Report on malaria in the Punjab during the year ...  together with an account of the work of the Punjab Malaria Bureau - Volume 5
Disease focus: Malaria
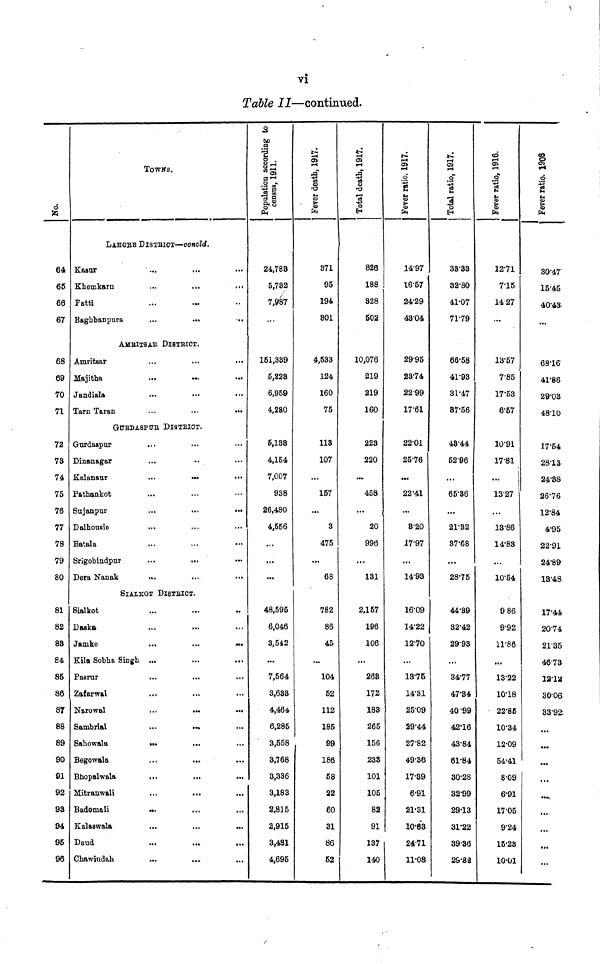
vi
Table II—continued.
No.
64
65
66
67
68
69
70
71
72
73
74
75
76
77
78
79
80
81
82
88
84
85
86
87
88
89
90
91
92
93
94
95
96
TOWNS.
LAHORE DISTRICT—ooncld.
Kasur
Khemkarn
Patti
Baghbanpura
...
...
...
...
...
...
...
...
AMBITSAR DISTRICT.
Amritsar
Majitha
Jandiala
Tarn Taran
...
...
...
...
...
...
GURDASPUR DISTRICT.
Gurdaspur
Dinanagar
Kalanaur
Pathankot
Sujanpur
Dalhousie
Batala
Srigobindpur
Dera Nanak
...
...
...
...
...
...
...
...
...
...
...
...
...
...
...
SlALKOT DlSTSICT.
Sialkot
Daska
Jamke
Kila Sobha Singh.
Pasrur
Zafarwal
Narowal
Sambrlal
Sahowala
Begowala
Bhopalwala
Mitranwali
Badomali
Kalaswala
Daud
Chawindah
...
...
...
...
...
...
...
...
...
...
...
...
...
...
...
...
...
...
...
...
...
...
...
...
...
...
...
...
...
...
...
...
...
...
...
...
...
...
...
...
...
...
...
...
...
...
...
...
...
...
...
...
...
...
...
...
...
...
...
...
...
...
Population according to
census, 1911.
24,783
5,782
7,987
...
151,339
5,228
6,959
4,280
5,133
4,154
7,007
938
26,480
4,556
...
...
...
48,595
6,046
3,542
...
7,564
3,633
4,464
6,285
3,558
3,768
3,336
3,183
2,815
2,915
3,481
4,695
Fever death, 1917.
871
95
194
801
4,533
124,
160
75
118
107
...
157
...
3
475
...
68
782
86
45
...
104
52
112
185
99
186
58
22
60
31
86
52
Total death, 1917.
826
188
328
502
10,076
219
219
160
223
220
...
458
...
20
996
...
131
2,157
196
106
...
268
172
183
265
156
233
101
105
82
91
137
140
Fever ratio. 1917.
14.97
16.57
24.29
43-04
29.95
28.74
22.99
17.61
22.01
25.76
...
22.41
...
8.20
17.97
...
14.93
16.09
14.22
12.70
...
13.75
14.31
25.09
29-44
27.82
49.36
17.89
6.91
21.31
10.63
24.71
11,08
Total ratio, 1917.
33.83
32.80
41-07
71.79
66.58
41.93
31.47
87.56
48.44
5296
...
65.86
...
21/32
37.88
...
28.75
44.39
32.42
29.93
...
34.77
47.84
40.99
42.16
43.84
61.84
30.28
32.99
29.13
31.22
3936
25.82
Fever ratio, 1916.
12.71
715
14 27
...
13.57
7.85
17.53
6.57
10.91
17.81
...
1327
...
13.86
14.83
...
10.54
9 86
9.92
11.86
....
13.22
10.18
22.85
10.34
12.09
54.41
8.09
6.91
17.05
9.24
15.23
10.01
Fever ratio. 1908
30.47
15-.5
40.43
...
68.16
41.86
29.03
48.10
17.54
28.13
24.88
26.76
12.84
4.95
22.91
24.89
18.48
17.44
20.74
21.35
46.73
1212
30.06
33.92
...
...
...
...
...
...
...
...